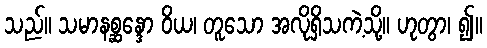
သည်။ သမာနစ္ဆန္ဒော ဝိယ၊ တူသော အလိုရှိသကဲ့သို့။ ဟုတွာ၊ ၍။